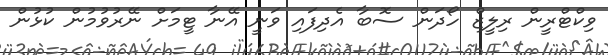
ވިކްޓްރީން ރިލީޒް ހޯދަން ސޮބާ އެދިފައި ވަނީ އޭނާ ޓީމަށް ނޭރުވުމުން ކުޅުން